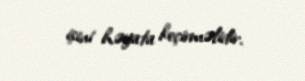
işini həyata keçirməlidir.